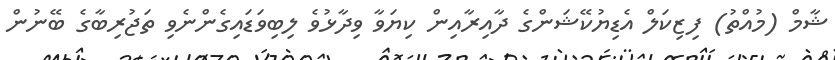
ޝާމް (މުއްތު) ފިޒިކަލް އެޑިޔުކޭޝަންގެ ދާއިރާއިން ކިޔަވާ ވިދާޅުވެ ލިބިވަޑައިގެންނެވި ތަޖުރިބާގެ ބޭނުން